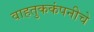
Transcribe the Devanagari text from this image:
वाहतुककंपनीचे